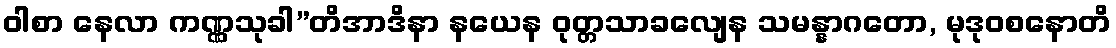
ဝါစာ နေလာ ကဏ္ဏသုခါ”တိအာဒိနာ နယေန ဝုတ္တသာခလျေန သမန္နာဂတော, မုဒုဝစနောတိ